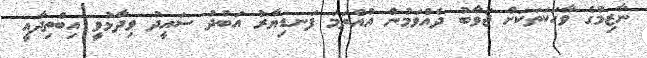
ނާޒިމުގެ ވާހަކަތަކަށް ޖަވާބު ދެއްވަމުން އުއްތަމަ ފަނޑިޔާރު އަބުދު ސައީދު ވިދާޅުވީ އިބްތިދާއީ